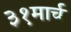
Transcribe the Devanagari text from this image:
३१मार्च